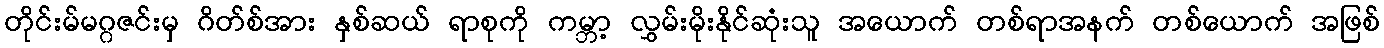
တိုင်းမ်မဂ္ဂဇင်းမှ ဂိတ်စ်အား နှစ်ဆယ် ရာစုကို ကမ္ဘာ့ လွှမ်းမိုးနိုင်ဆုံးသူ အယောက် တစ်ရာအနက် တစ်ယောက် အဖြစ်